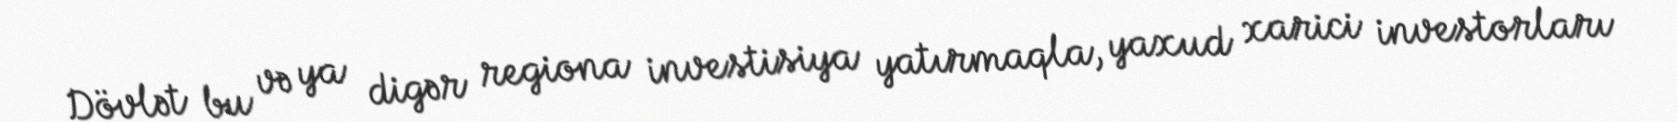
Dövlət bu və ya digər regiona investisiya yatırmaqla, yaxud xarici investorları